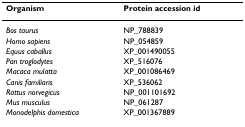
| Organism | Protein accession id |
 | --- | --- |
 | Bos taurus | NP_788839 |
 | Homo sapiens | NP_054859 |
 | Equus caballus | XP_001490055 |
 | Pan troglodytes | XP_516076 |
 | Macaca mulatta | XP_001086469 |
 | Canis familiaris | XP_536062 |
 | Rattus norvegicus | NP_001101692 |
 | Mus musculus | NP_061287 |
 | Monodelphis domestica | XP_001367889 |